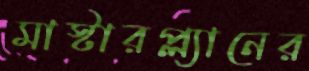
মাস্টারপ্ল্যানের